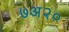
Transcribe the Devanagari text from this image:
७अ२०